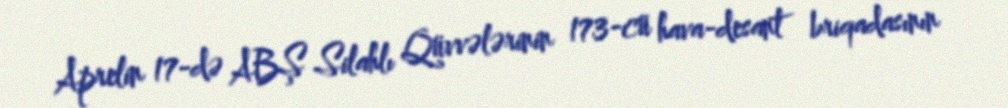
Aprelin 17-də ABŞ Silahlı Qüvvələrinin 173-cü hava-desant briqadasının